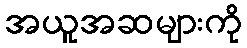
အယူအဆများကို